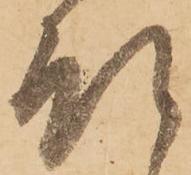
預